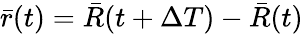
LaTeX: \bar{r}(t)=\bar{R}(t+\Delta T)-\bar{R}(t)